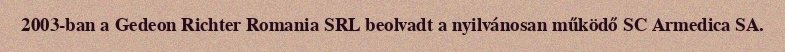
2003-ban a Gedeon Richter Romania SRL beolvadt a nyilvánosan működő SC Armedica SA.